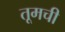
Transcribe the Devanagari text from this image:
तूमची